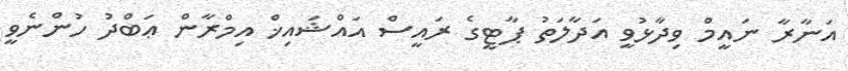
އަނާރާ ނައީމް ވިދާޅުވީ އަދާލަތު ޕާޓީގެ ރައީސް އައްޝައިޚް އިމްރާން ޢަބްދު ހުންނެވީ